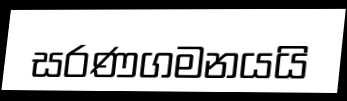
සරණගමනයයි